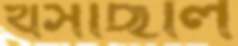
খসছিলি